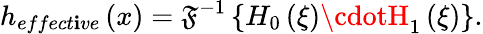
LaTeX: h_{effect\mathbf{i}ve}\left(x\right)=\mathfrak{{F}}^{-1}\left\{ H_{0}\left(\xi\right)\cdotH_{1}\left(\xi\right)\right\} .